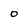
Character: 0